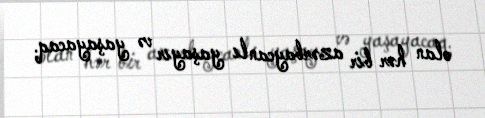
olan hər bir azərbaycanlı yaşayır və yaşayacaq.